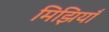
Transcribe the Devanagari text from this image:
मिझियाँ